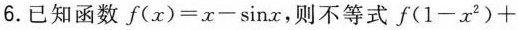
6.已知函数$$f(x)=x-\sinx$$，则不等式$$f(1-x^{2})+$$